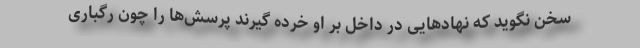
سخن نگوید که نهادهایی در داخل بر او خرده گیرند پرسش‌ها را چون رگباری